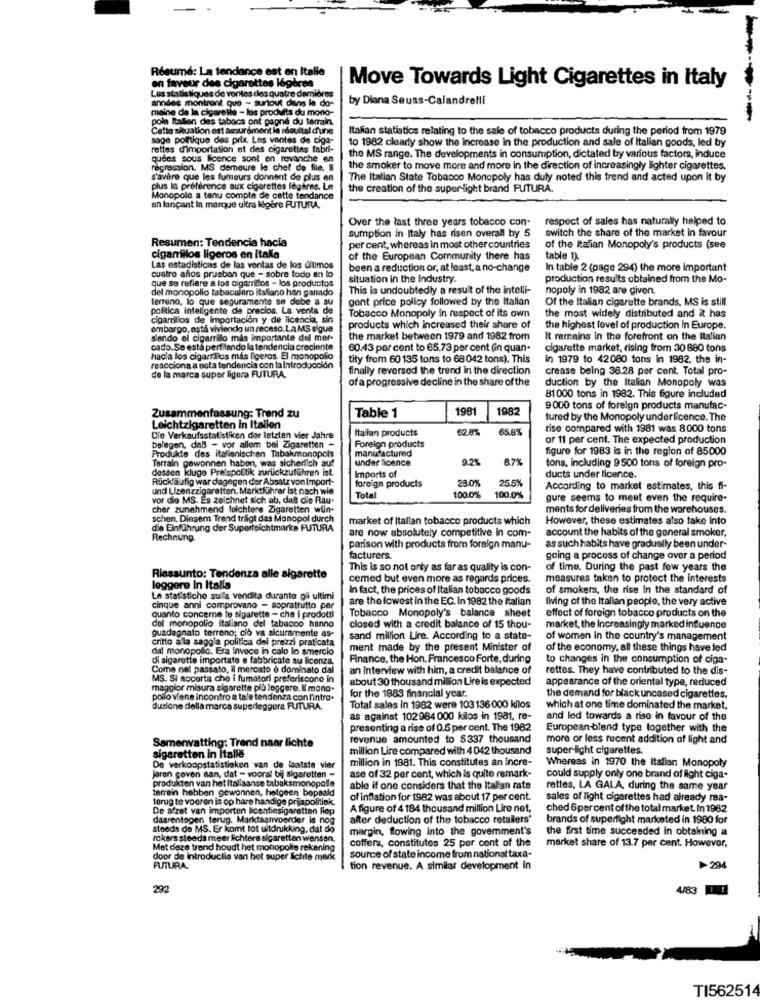
Résumé: La tendance est en Italie
en faveur des cigarettes légères
Move Towards Light Cigarettes in Italy
Les statistiques de vontes cles quatre dernières
andes montrant que - surtout dans le do-
by Diana Seuss-Calandrelli
maine de la cigarette - los produits du mono-
pole Italien des tabacs ont gagne du terrain.
Italian statistics relating to the sale of tobacco products during the period from 1979
sage politique des prix, Les ventes de ciga-
rettes d'importation et des cigarettes fabri-
to 1982 clearly show the Increase in the production and sale of Italian goods, led by
quees sous licence sont en revanche en
the MS range. The developments in consumption, dictated by various factors, induce
regression. MS demeure le chef de file, Il
the smoker to move more and more in the direction of increasingly lighter cigarettes.
s'avère que les fumeurs donnent de plus en
The Italian State Tobacco Monopoly has duly noted this trend and acted upon it by
plus la préférence aux cigarettes légères. Le
the creation of the super light brand FUTURA.
Monopole a tenu compte de cette tendance
en lançant la marque ultra légère FUTURA,
Over the last three years tobacco con-
respect of sales has naturally helped to
sumption in Italy has risen overall by 5
switch the share of the market in favour
Resumen: Tendencia hacia
per cent, whereas in most other countries
of the Ralian Monopoly's products (see
cigarrillos ligeros en itaka
of the European Community there has
table 1).
Las estadisticas de las ventas de los últimos
cuatro años prusban que - sobre todo en lo
been a reduction or, at least, a no-change
In table 2 (page 294) the more important
que se refiere a los cigarrillos - los productos
situation in the Industry.
production results obtained from the Mo-
del monopolio tabacalero italiano han ganado
This is undoubtedly a result of the intelli-
nopoly in 1982 are given
terreno, lo que seguramente se debe a su
gent price policy followed by the Italian
Of the Italian cigarette brands, MS is still
politica inteligente de precios. La venta de
cigarrillos de Importación y de licencia, sin
Tobacco Monopoly in respect of its own
the most widely distributed and it has
embargo, astá viviendo un receso. La MS sigue
products which increased their share of
the highest level of production in Europe.
siendo el cigarrillo mas importante del mer-
the market between 1979 and 1982 from
It remains in the forefront on the Italian
cado.Se está perfilando la tendencia creciente
60.43 per cent to 65.73 per cent (in quan-
cigarette market, rising from 30 880 tons
hacia los cigarriPas mis ligeros. El monopolio
tity from 60 135 tons to 68042 tons). This
in 1979 to 42080 tons in 1982, the in-
reacciona a esta tendencia con la introducción
finally reversed the trend in the direction
crease being 36.28 per cent. Total pro-
de la marca super ligera FUTURA.
ofa progressive decline in the share of the
duction by the Italian Monopoly was
81000 tons in 1982. This figure included
1981
1982
9000 tons of foreign products manufac-
Zusammenfassung: Trend zu
Table 1
tured by the Monopoly underlicence. The
Leichtzigaretten in Italien
Italian products
62.8%
65.8%
rise compared with 1981 was 8000 tons
Cie Verkaufsstatistiken der letzten vier Jahre
of 11 per cent. The expected production
belegen, daß - vor allem bei Zigaretten -
Produkte des italienischen Tabakmonopols
Foreign products
manufactured
figure for 1983 is in the region of 85000
Terrain gewonnen haben, was sicherlich auf
under licence
9.2%
87%
dessen kluge Preispolitik zurückzuführen ist.
Imports of
tons, including 9500 tons of foreign pro-
Rückläufig war dagegen der Absatz von Import-
foreign products
28.0%
25.5%
ducts under licence.
und Lizenzzigaretten. Marktführer Ist nach wie
According to market estimates, this fi-
vor dio MS. Es zeichnet sich ab, daß die Rau-
Total
100.0%
100,0%
gure seems to mest even the require-
cher zunehmend leichtere Zigaretten wün-
ments for deliveries from the warehouses.
schen. Diesem Trend tragt das Monopol durch
market of Italian tobacco products which
However, these estimates also take Into
die Einführung der Superleichtmarke FUTURA
are now absolutely competitive In com-
account the habits of the general smoker,
Rechnung
parison with products from foreign manu-
as such habits have gradually been under-
facturers.
going a process of change over a period
This is so not only as far as quality is con-
of time. During the past few years the
Riassunto: Tendenza alle sigarette
cemed but even more as regards prices.
measures taken to protect the interests
leggere In Italia
In fact, the prices of Italian tobacco goods
of smokers, the rise in the standard of
Le statistiche sulla vendita durante gli ultimi
are the lowest in the EC. In 1982 the italian
Ilving of the Italian people, the very active
cinque anni comprovano - soprattutto per
Tobacco Monopoly's balance sheet
effect of foreign tobacco products on the
quanto concerne le sigarette - che i prodotti
del monopolio italiano del tabacco hanno
guadagnato terreno; ciò va sicuramente es-
closed with a credit balance of 15 thou-
market, the Increasingly marked influence
sand million Lire. According to a state-
of women in the country's management
critto alla saggia politica dei prezzi praticata
dat monopolio. Era Invece in calo lo smercio
ment made by the present Minister of
of the economy, all these things have led
di sigarette importate e fabbricate au licenza.
Finance, the Hon. Francesco Forte, during
to changes in the consumption of ciga-
Come nel passato, il mercato è dominato dal
an interview with him, a credit balance of
rettes. They have contributed to the dis-
MS. Si accorta che i fumatori preferiscono in
about 30 thousand million Lire is expected
appearance of the oriental type, reduced
maggior misura sigarette più leggere. W mono-
pollo viene incontro a tale tendenza con l'intro.
for the 1983 financial year.
the demand for black uncased cigarettes.
duzione della marca superleggera FUTURA.
Total sales in 1982 were 103 136 000 kilos
which at one time dominated the market,
as against 102984000 kilos in 1981, re-
and led towards a rise in favour of the
presenting a rise of 0.6 per cent. The 1982
European-blend type together with the
revenue amounted to 5337 thousand
more or less recent addition of light and
Samenvatting: Trend naar lichte
sigaretten in Italie
million Lire compared with 4 042 thousand
super-light cigarettes.
million in 1981. This constitutes an incre-
Whereas in 1970 the Italian Monopoly
De verkoopstatistieken van de laatste vier
Jaren geven aan, dat - vooral bij sigaretten-
ase of 32 per cent, which is quite remark-
could supply only one brand of light ciga-
produkten van het Italiaanse tabaksmonopolle
terrein hebben gewonnen, hetgeen bepaald
able if one considers that the Italian rate
rettes, LA GALA, during the same year
terug te voeren is op hare handige prijspoliti
of inflation for 1982 was about 17 per cent.
sales of light cigarettes had already rea-
De afzet van importen licentiesigaretten fier
A figure of 4 184 thousand million Lire net,
ched 6per cent of the total market. In 1962
daarentegen terug. Marktaanvoerder is nog
after deduction of the tobacco retailers'
brands of superfight marketed in 1980 for
steads de MS. Er komt tot uitdrukking, dat do
margin, flowing into the government's
the first time succeeded in obtaining a
rokers steeds meer lichtere sigaretten wensen.
coffers, constitutes 25 per cent of the
Met deze trend houdt het monopolie rekening
market share of 13.7 per cent. However,
door de introductie van het super fichte mek
source of state income from national taxa-
FUTURA.
tion revenue. A similar development in
>294
292
483
TI562514